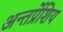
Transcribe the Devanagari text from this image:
अन्तर्प्रेशिय